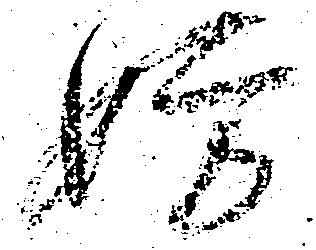
妨